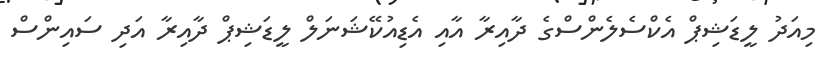
މިއަދު ލީޑަޝިޕް އެކްސެލެންސްގެ ދާއިރާ އާއި އެޑިއުކޭޝަނަލް ލީޑަޝިޕް ދާއިރާ އަދި ސައިންސް